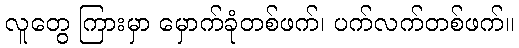
လူတွေ ကြားမှာ မှောက်ခုံတစ်ဖက်၊ ပက်လက်တစ်ဖက်။